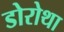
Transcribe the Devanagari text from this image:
डोरोथा